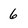
Character: 6